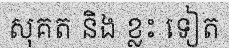
សុគត និង ខ្លះ ទៀត